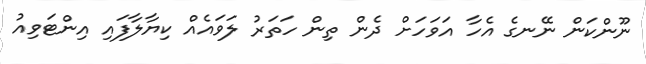
ނޫންކަން ނޭނގެ އެހާ އަވަހަށް ދެން ތިން ހަތަރު ލަވައެއް ކިޔާލާފައި އިންޓަވިއު